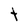
Character: t